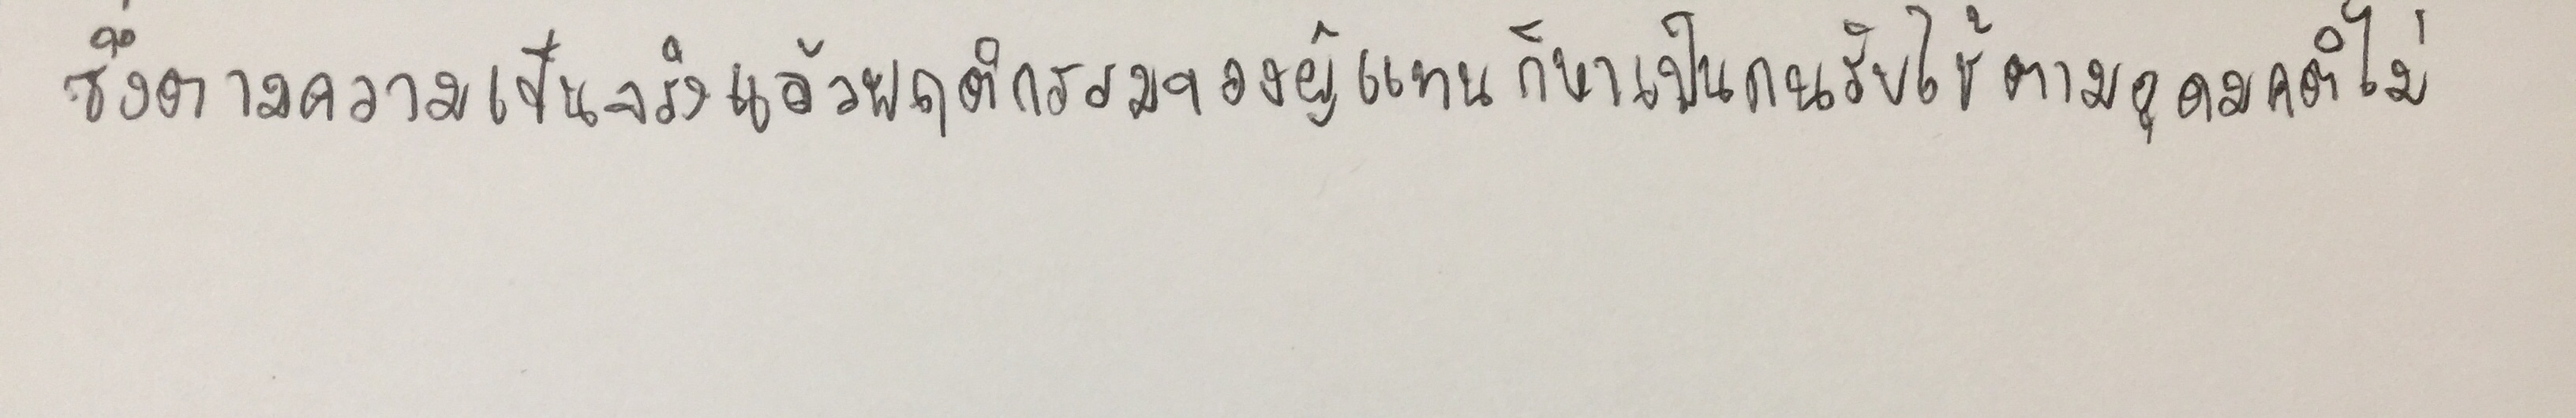
ซึ่งตามความเป็นจริงแล้วพฤติกรรมของผู้แทนก็หาเป็นคนรับใช้ตามอุดมคติไม่